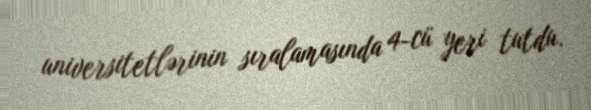
universitetlərinin sıralamasında 4-cü yeri tutdu.